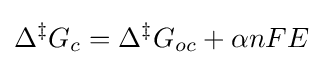
\Delta ^{\ddagger }G_{c}=\Delta ^{\ddagger }G_{oc}+\alpha nFE